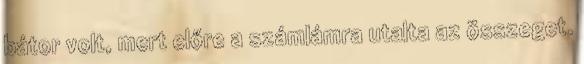
bátor volt, mert előre a számlámra utalta az összeget.